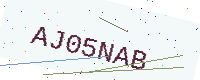
Text: AJ05NAB